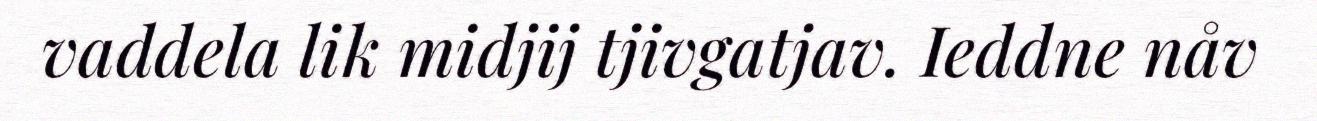
vaddela lik midjij tjivgatjav. Ieddne nåv